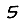
Digit: 5